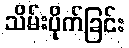
သိမ်းပိုက်ခြင်း